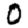
Digit: 0